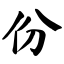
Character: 份